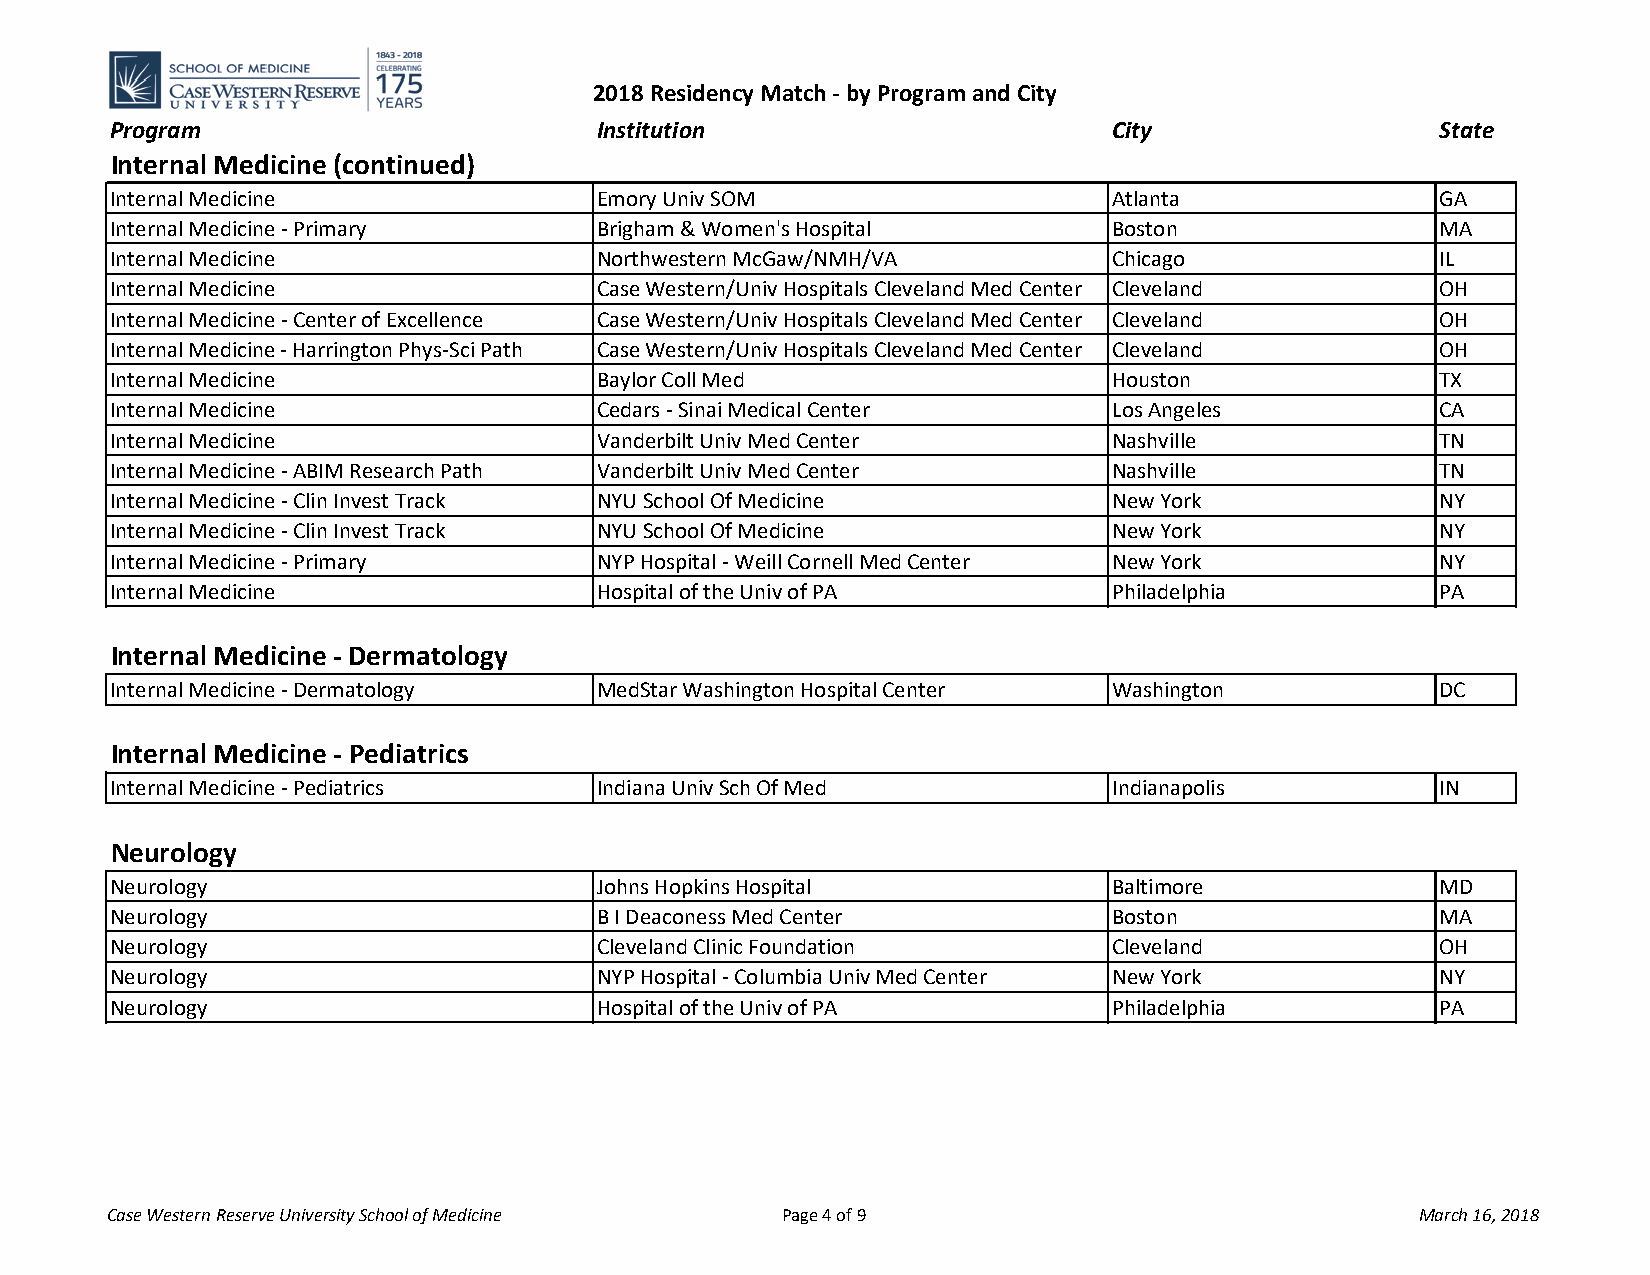
2018 Residency Match - by Program and City
 Program                         Institution                       City                  State
 Internal Medicine (continued)
 Internal Medicine               Emory Univ SOM                    Atlanta               GA
 Internal Medicine - Primary     Brigham & Women's Hospital        Boston                MA
 Internal Medicine               Northwestern McGaw/NMH/VA         Chicago               IL
 Internal Medicine               Case Western/Univ Hospitals Cleveland Med Center Cleveland OH
 Internal Medicine - Center of Excellence Case Western/Univ Hospitals Cleveland Med Center Cleveland OH
 Internal Medicine - Harrington Phys-Sci Path Case Western/Univ Hospitals Cleveland Med Center Cleveland OH
 Internal Medicine               Baylor Coll Med                   Houston               TX
 Internal Medicine               Cedars - Sinai Medical Center     Los Angeles           CA
 Internal Medicine               Vanderbilt Univ Med Center        Nashville             TN
 Internal Medicine - ABIM Research Path Vanderbilt Univ Med Center Nashville             TN
 Internal Medicine - Clin Invest Track NYU School Of Medicine      New York              NY
 Internal Medicine - Clin Invest Track NYU School Of Medicine      New York              NY
 Internal Medicine - Primary     NYP Hospital - Weill Cornell Med Center New York        NY
 Internal Medicine               Hospital of the Univ of PA        Philadelphia          PA
 Internal Medicine - Dermatology
 Internal Medicine - Dermatology MedStar Washington Hospital Center Washington           DC
 Internal Medicine - Pediatrics
 Internal Medicine - Pediatrics  Indiana Univ Sch Of Med           Indianapolis          IN
 Neurology
 Neurology                       Johns Hopkins Hospital            Baltimore             MD
 Neurology                       B I Deaconess Med Center          Boston                MA
 Neurology                       Cleveland Clinic Foundation       Cleveland             OH
 Neurology                       NYP Hospital - Columbia Univ Med Center New York        NY
 Neurology                       Hospital of the Univ of PA        Philadelphia          PA
 Case Western Reserve University School of Medicine Page 4 of 9                         March 16, 2018